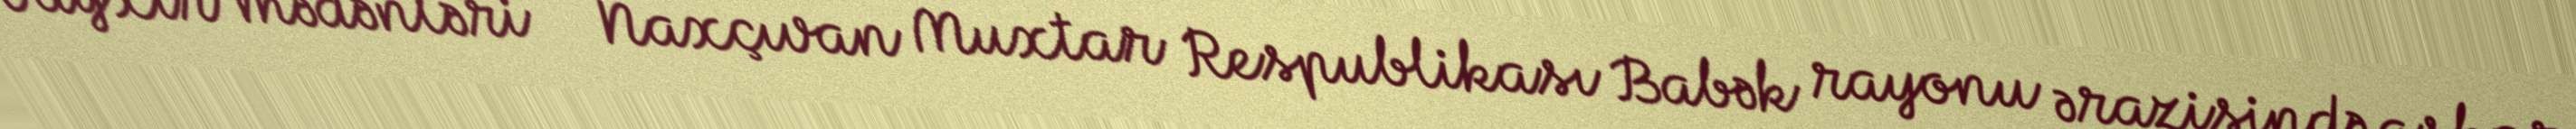
Vayxır mədənləri — Naxçıvan Muxtar Respublikası Babək rayonu ərazisində aşkar